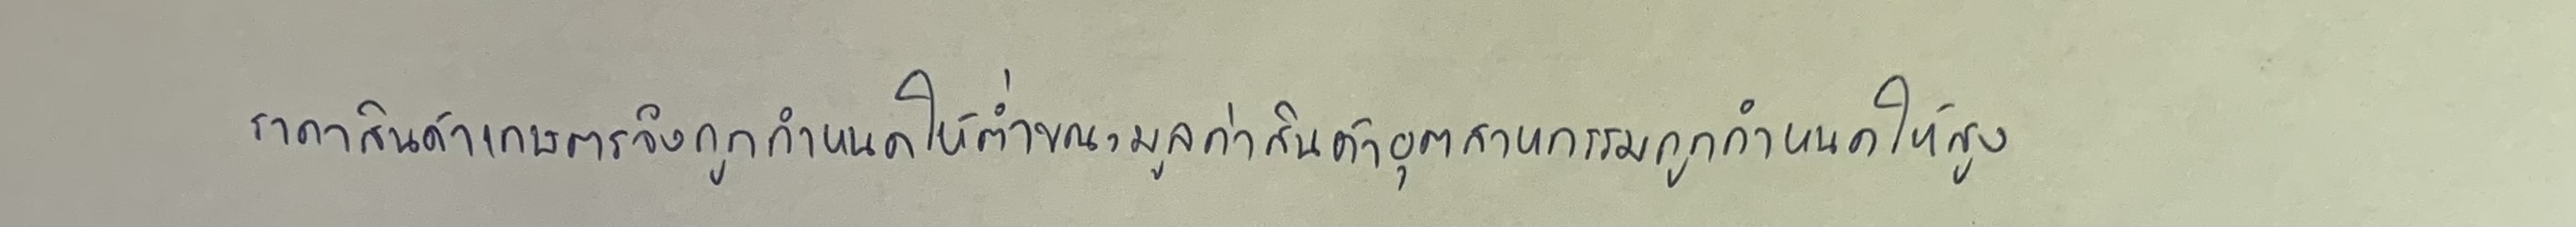
ราคาสินค้าเกษตรจึงถูกกำหนดให้ต่ำขณะมูลค่าสินค้าอุตสาหกรรมถูกกำหนดให้สูง